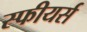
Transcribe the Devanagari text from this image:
स्फीयर्स